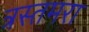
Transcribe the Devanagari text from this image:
त्रस्तमरा